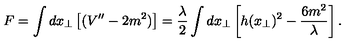
F = \int d x _ { \bot } \left[ ( V ^ { \prime \prime } - 2 m ^ { 2 } ) \right] = \frac { \lambda } { 2 } \int d x _ { \bot } \left[ h ( x _ { \bot } ) ^ { 2 } - \frac { 6 m ^ { 2 } } { \lambda } \right] .